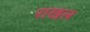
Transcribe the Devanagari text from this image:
राखल